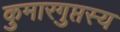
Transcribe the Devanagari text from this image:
कुमारगुप्तस्य